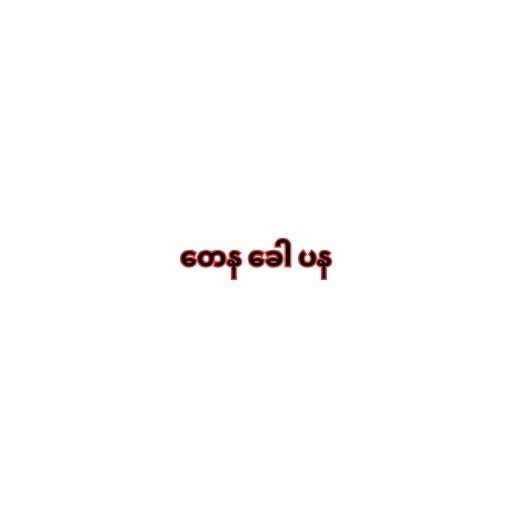
တေန ခေါ ပန